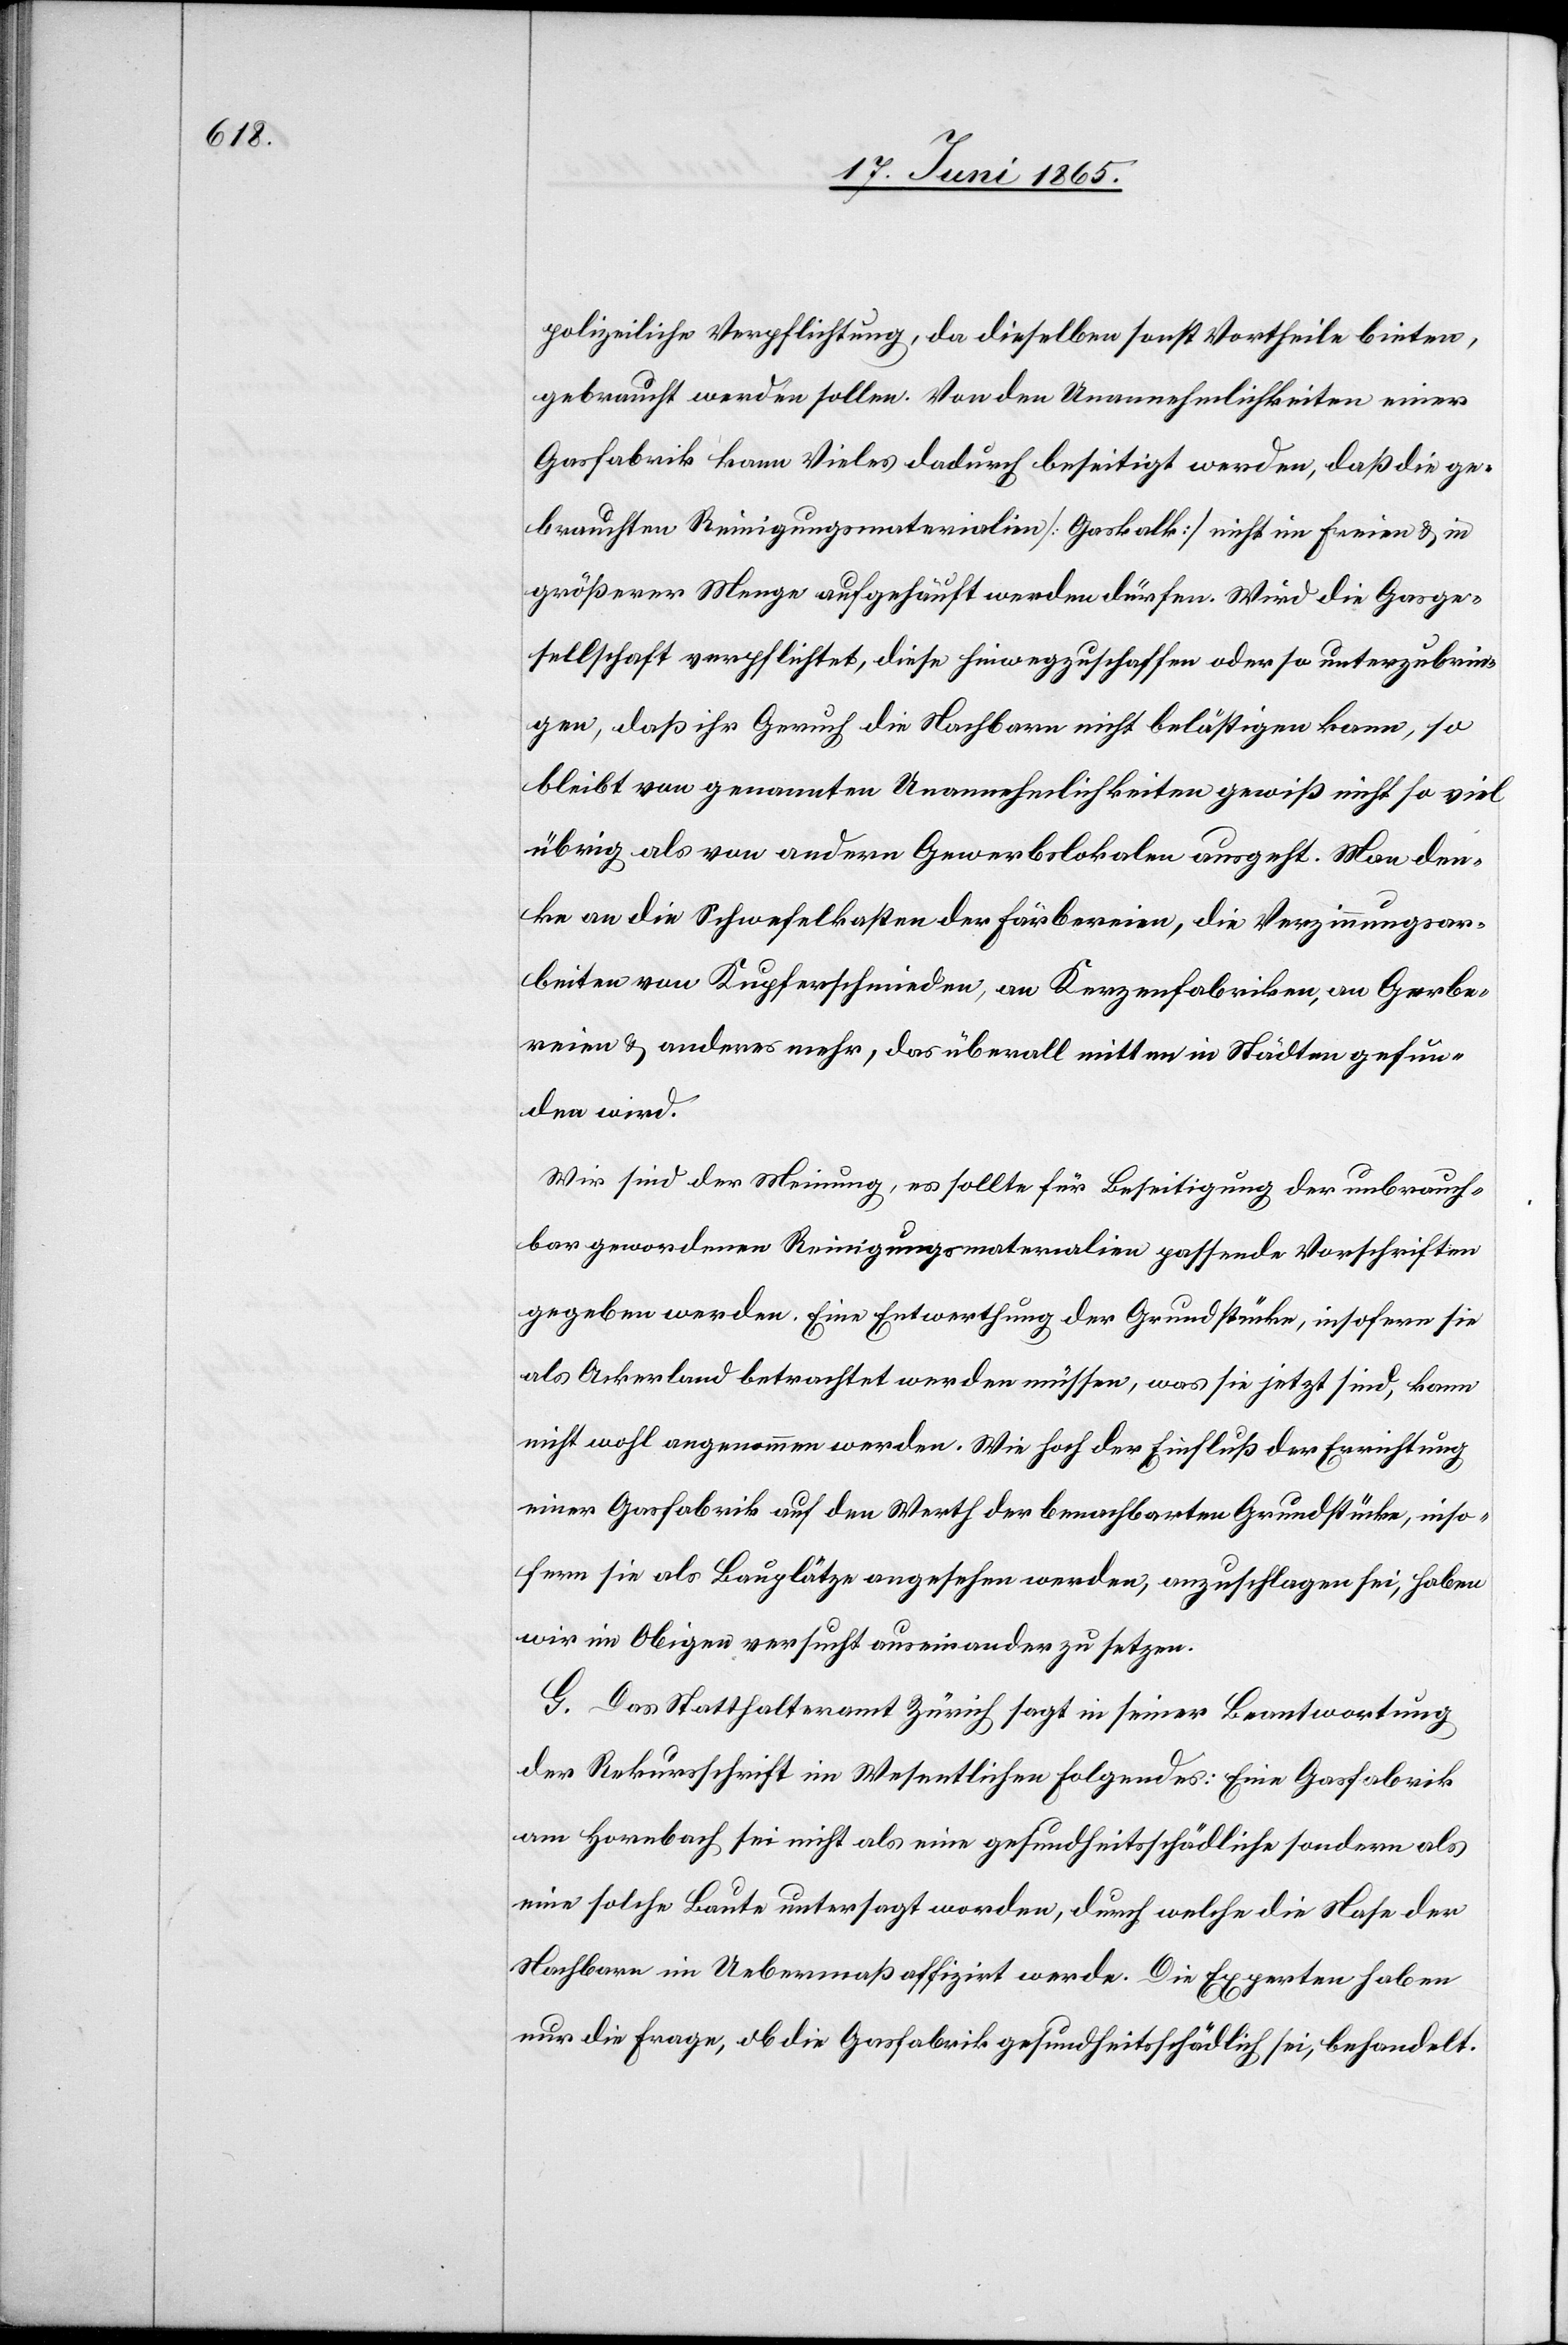
polizeilicher Verpflichtung, da dieselben sonst Vortheile bieten,
gebraucht werden sollen. Von den Unannehmlichkeiten einer
Gasfabrik kann Vieles dadurch beseitigt werden, daß die ge¬
brauchten Reinigungsmaterialien [Gaskalk] nicht im Freien & in
größerer Menge aufgehäuft werden dürfen. Wird die Gasge¬
sellschaft verpflichtet, diese hinwegzuschaffen oder so unterzubrin¬
gen, daß ihr Geruch die Nachbarn nicht belästigen kann, so
bleibt von genannten Unannehmlichkeiten gewiß nicht so viel
übrig als von andern Gewerbslokalen ausgeht. Man den¬
ke an die Schwefelkasten der Färbereien, die Verzinnungsar¬
beiten von Kupferschmieden, an Kerzenfabriken, an Gerbe¬
reien & anderes mehr, das überall mitten in Städten gefun¬
den wird.
Wir sind der Meinung, es sollte[n] für Beseitigung der unbrauch¬
bar gewordenen Reinigungsmaterialien passende Vorschriften
gegeben werden. Eine Entwerthung der Grundstücke, insofern sie
als Ackerland betrachtet werden müssen, was sie jetzt sind, kann
nicht wohl angenommen werden. Wie hoch der Einfluß der Errichtung
einer Gasfabrik auf den Werth der benachbarten Grundstücke, inso¬
fern sie als Bauplätze angesehen werden, anzuschlagen sei, haben
wir im Obigen versucht auseinander zu setzen.
G. Das Statthalteramt Zürich sagt in seiner Beantwortung
der Rekursschrift im Wesentlichen folgendes: Eine Gasfabrik
am Hornbach sei nicht als eine gesundheitsschädliche sondern als
eine solche Baute untersagt worden, durch welche die Nase der
Nachbarn im Uebermaß affizirt werde. Die Experten haben
nur die Frage, ob die Gasfabrik gesundheitsschädlich sei, behandelt.